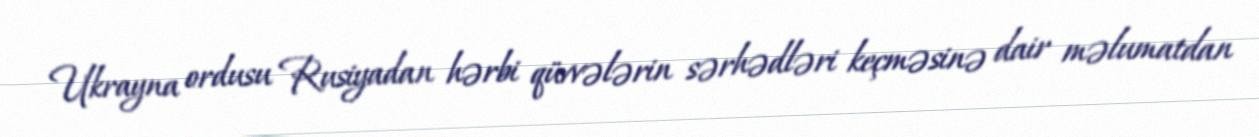
Ukrayna ordusu Rusiyadan hərbi qüvvələrin sərhədləri keçməsinə dair məlumatdan